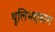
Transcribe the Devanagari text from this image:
थूलिभद्दफाग